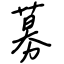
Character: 募